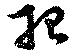
招